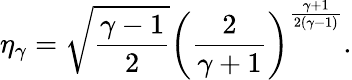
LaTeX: \eta_{\gamma}=\sqrt{\frac{\gamma-1}{2}}\left(\frac{2}{\gamma+1}\right)^{\frac{\gamma+1}{2(\gamma-1)}}.